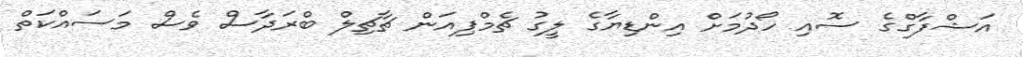
އަޝްފާގްގެ ސޮއި ހޯދުމަށް އިންޑިޔާގެ ލީގު ޗެމްޕިއަން ޗާޗިލް ބްރަދާސް ވެސް މަސައްކަތް